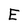
Character: E